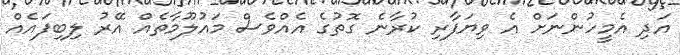
އަދި އެމީހުންނަށް އެ ވިޔަފާރި ކުރާނެ ގޮތުގެ އެއްވެސް މައުލޫމާތެއް އޭރު ލިބިފައެއް